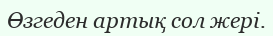
Өзгеден артық сол жері.